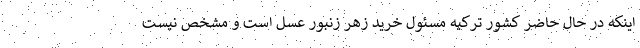
اینکه در حال حاضر کشور ترکیه مسئول خرید زهر زنبور عسل است و مشخص نیست